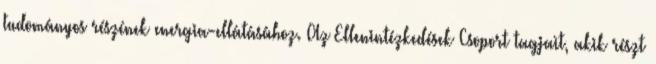
tudományos részének energia-ellátásához. Az Ellenintézkedések Csoport tagjait, akik részt